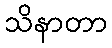
သိနာတာ